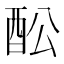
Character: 𲆩